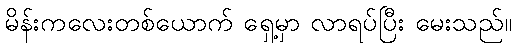
မိန်းကလေးတစ်ယောက် ရှေ့မှာ လာရပ်ပြီး မေးသည်။